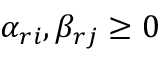
\alpha _ { r i } , \beta _ { r j } \geq 0